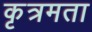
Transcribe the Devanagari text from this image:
कृत्रमता